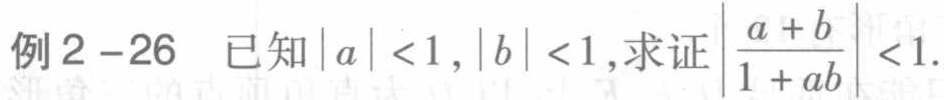
例2 - 26 已知\(|a| < 1,|b| < 1\), 求证\(\left|\frac{a + b}{1 + ab}\right| < 1\).